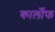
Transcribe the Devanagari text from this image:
कार्लोफ